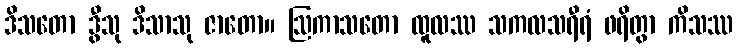
ဒိသတော ဒွီသု ဒိသာသု ဇာတော။ ဩကာသတော ထူလဿ သကလသရီရံ ဖရိတွာ ကိသဿ